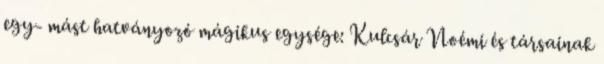
egy- mást hatványozó mágikus egysége: Kulcsár Noémi és társainak